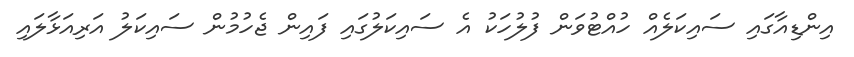
އިންޑިއާގައި ސައިކަލެއް ހުއްޓުވަން ފުލުހަކު އެ ސައިކަލުގައި ފައިން ޖެހުމުން ސައިކަލު އަރިއަޅާލައި